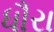
ધૌરા